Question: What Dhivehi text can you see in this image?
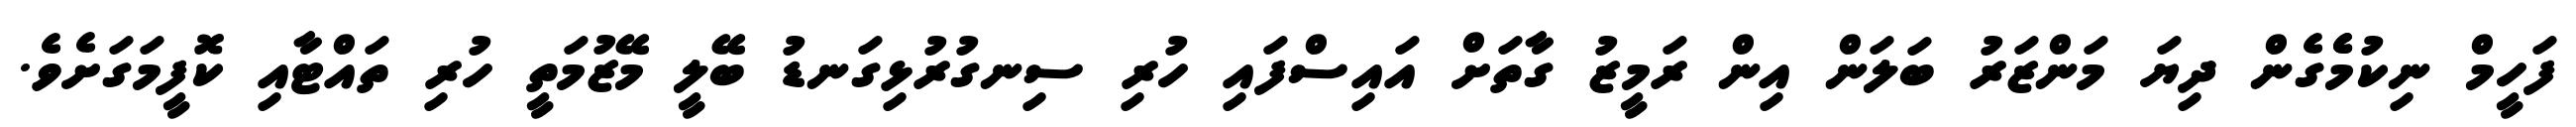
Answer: ފަހީމް ނިކުމެެގެން ދިޔަ މަންޒަރު ބަލަން އިން ރަމީޒު ގާތަށް އައިސްފައި ހުރި ސިނގުރުޅިގަނޑު ބޭލީ މޭޒުމަތީ ހުރި ތައްޓާއި ކޮފީމަގަށެވެ.